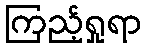
ကြည့်ရှုရာ